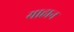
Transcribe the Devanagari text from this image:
याहान